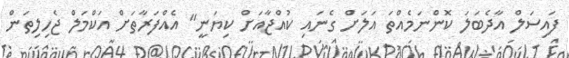
ފައިސަލް އާދެބަލަ ކޮންނަމެއްތަ އަލަށް ގެނައި ކުއްޖާއަށް ކިޔަނީ" އެއްފަރާތަށް އަކްމަލް ޖެހިލިތަން